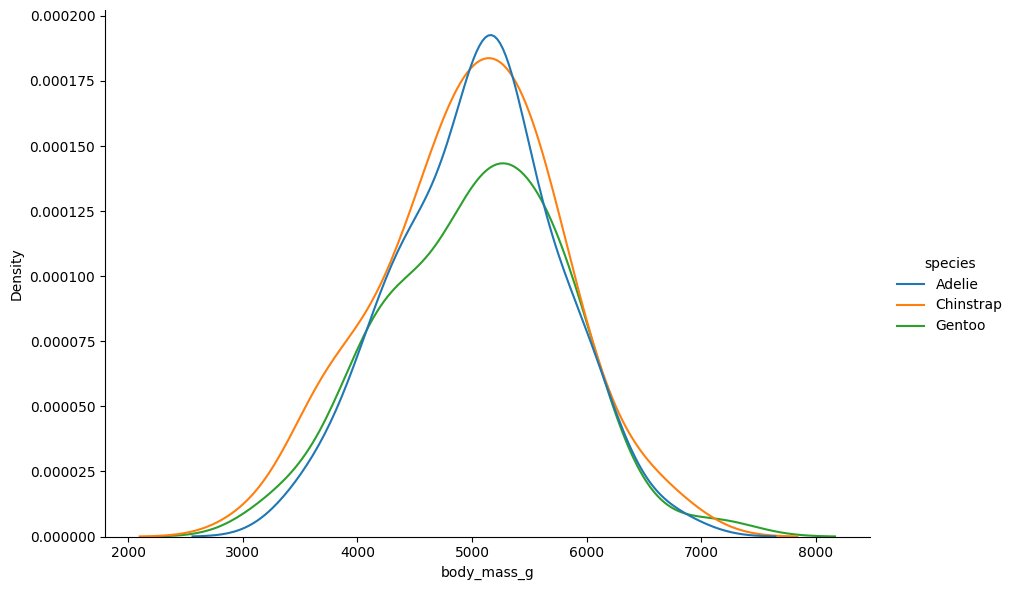
python, seaborn, displot, kind='kde', column='body_mass_g', hue='species', height=6, aspect=1.5